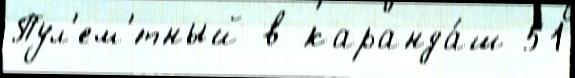
Пул'ем'́тный в каранда́ш 51